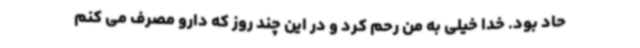
حاد بود. خدا خیلی به من رحم کرد و در این چند روز که دارو مصرف می کنم